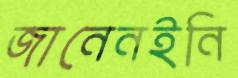
জানেনইনি